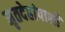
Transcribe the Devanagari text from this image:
मृतदेहांपाशी